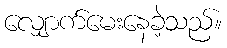
လျှောက်မေးနေခဲ့သည်။